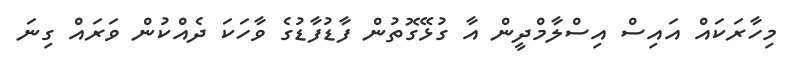
މިހާރަކައް އައިސް އިސްލާމްދީން އާ ގުޅޭގޮތުން ފާޑުފާޑުގެ ވާހަކަ ދެއްކުން ވަރައް ގިނަ